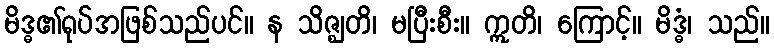
မိဒ္ဓ၏ရုပ်အဖြစ်သည်ပင်။ န သိဇ္ဈတိ၊ မပြီးစီး။ ဣတိ၊ ကြောင့်။ မိဒ္ဓံ၊ သည်။